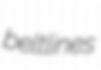
beltlines